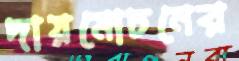
দায়মোচনের